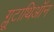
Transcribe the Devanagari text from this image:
ग्लूटाथिऑन